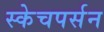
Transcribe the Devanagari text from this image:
स्केचपर्सन